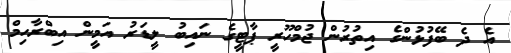
އެ ދެ ބޭފުޅުންގެ އިތުރުން ޖުމްހޫރީ ޕާޓީގެ ނައިބު ލީޑަރު އަމީން އިބްރާހިމް